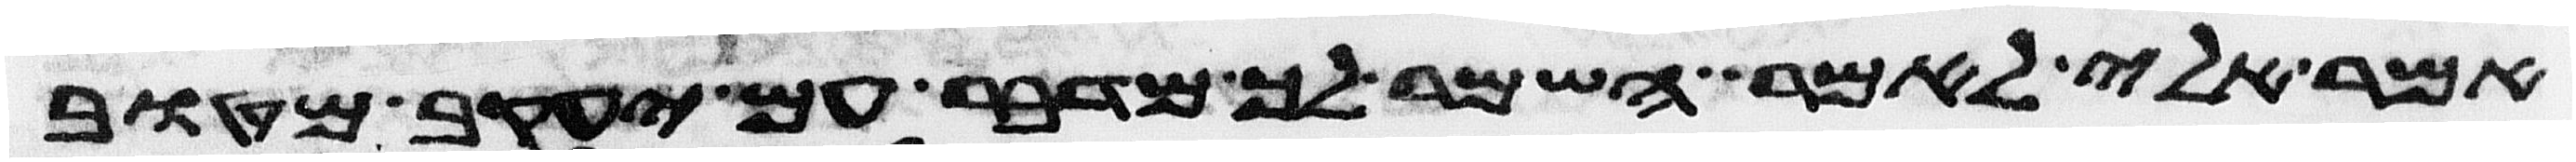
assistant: אמר אלי לאמר השמר לך מדבר עם יעקב מטוב